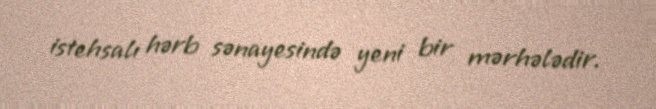
istehsalı hərb sənayesində yeni bir mərhələdir.